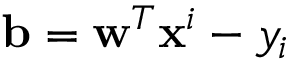
\mathbf { b } = \mathbf { w } ^ { T } \mathbf { x } ^ { i } - y _ { i }